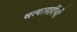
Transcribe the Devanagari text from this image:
सत्याग्रहींची